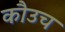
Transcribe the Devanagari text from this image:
कौउच